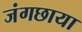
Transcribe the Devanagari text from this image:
जंगछाया